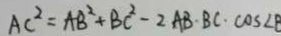
A C ^ { 2 } = A B ^ { 2 } + B C ^ { 2 } - 2 A B \cdot B C \cdot \cos \angle B